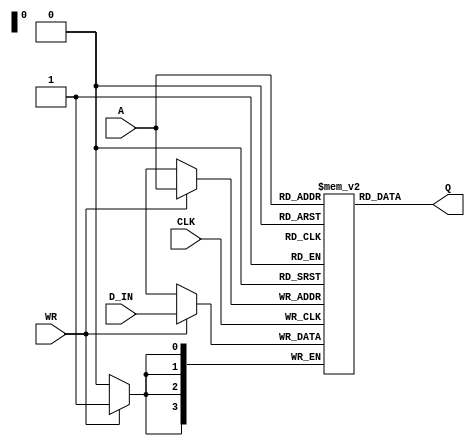
module Data_Memory(CLK,WR,A,D_IN,Q);
input CLK, WR;
input [3:0] A;
input [3:0] D_IN;
output [3:0] Q;

// write your code for reading/writing
reg [3:0] SRAM [15:0];

initial begin
   SRAM[0] = 4'b0010;
   SRAM[1] = 4'b0011;
   SRAM[2] = 4'b0000;
   SRAM[3] = 4'b0000;
end


always@(posedge CLK)
if(WR) SRAM[A]<=D_IN;

assign Q=SRAM[A];
	
endmodule